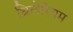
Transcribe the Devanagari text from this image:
थ्रिलेरियम